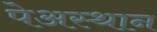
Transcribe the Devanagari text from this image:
पेअस्थान